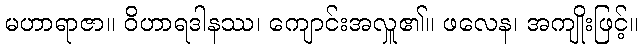
မဟာရာဇာ။ ဝိဟာရဒါနဿ၊ ကျောင်းအလှူ၏။ ဖလေန၊ အကျိုးဖြင့်။